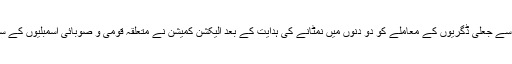
انہوں نے کہا کہ سپریم کورٹ کی طرف سے جعلی ڈگریوں کے معاملے کو دو دنوں میں نمٹانے کی ہدایت کے بعد الیکشن کمیشن نے متعلقہ قومی و صوبائی اسمبلیوں کے سابق ممبران کو نوٹسز جاری کر دیے ہیں۔